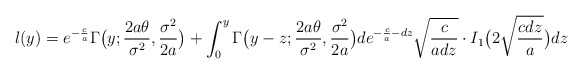
\begin{align*} l(y)=e^{-\frac{c}{a}}\Gamma \big(y; \frac{2a\theta}{\sigma^2}, \frac{\sigma^2}{2a}\big)+\int_{0}^{y}\Gamma \big(y-z; \frac{2a\theta}{\sigma^2}, \frac{\sigma^2}{2a}\big) d e^{-\frac{c}{a}-dz}\sqrt{\frac{c}{a d z}} \cdot I_1 \big(2\sqrt{\frac{cdz}{a}}\big)dz\end{align*}